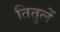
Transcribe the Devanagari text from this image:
तितुलें